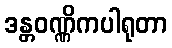
ဒန္တဝဏ္ဏိကပါရုတာ